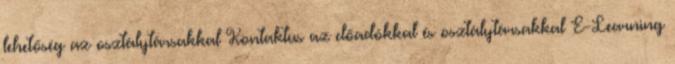
lehetőség az osztálytársakkal Kontaktus az előadókkal és osztálytársakkal E-Learning